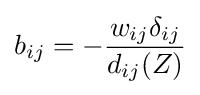
b_{ij}=-{\frac {w_{ij}\delta _{ij}}{d_{ij}(Z)}}